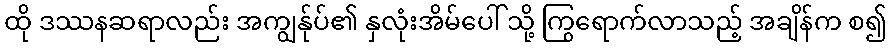
ထို ဒဿနဆရာလည်း အကျွန်ုပ်၏ နှလုံးအိမ်ပေါ် သို့ ကြွရောက်လာသည့် အချိန်က စ၍